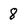
Character: 8